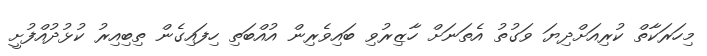
މިހަރަކާތް ކުރިއަށްދިޔަ ވަގުތު އެތަނަށް ހާޒިރުވި ބައިވެރިން އުއްބަތި ހިފައިގެން ތިބިއިރު ކުޅުދުއްފުށީ